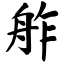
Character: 舴